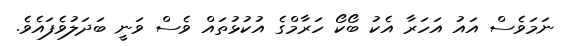
ނަމަވެސް އައު އަހަރާ އެކު ބޯކޯ ހަރާމްގެ އުކުޅުތައް ވެސް ވަނީ ބަދަލުވެފައެވެ.